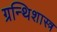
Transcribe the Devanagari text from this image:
ग्रन्थिशास्त्र